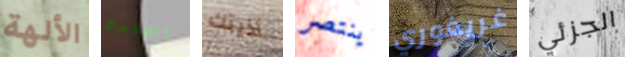
الألهة الضفدع أذيتك ينتصر غريغوري الجزئي